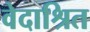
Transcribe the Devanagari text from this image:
वेदाश्रित